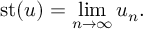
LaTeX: { \mathrm { s t } } ( u ) = \operatorname* { l i m } _ { n \to \infty } u _ { n } .